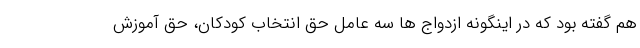
هم گفته بود که در اینگونه ازدواج ها سه عامل حق انتخاب کودکان، حق آموزش